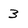
Character: 3